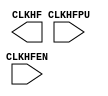
/* verilator lint_off UNUSED */
/* verilator lint_off UNDRIVEN */
(* blackbox *)
module SB_HFOSC(
	input CLKHFPU,
	input CLKHFEN,
	output CLKHF
);
parameter CLKHF_DIV = "0b00";
endmodule
/* verilator lint_on UNUSED */
/* verilator lint_on UNDRIVEN */